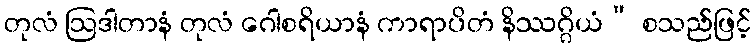
တုလံ ဩဒါတာနံ တုလံ ဂေါစရိယာနံ ကာရာပိတံ နိဿဂ္ဂိယံ” စသည်ဖြင့်